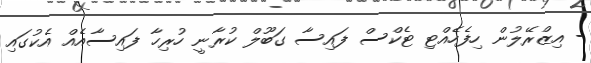
- އިޒްރޭލުން ހިފެހެއްޓި ޓެކްސް ފައިސާ ގަބޫލް ކުރާނީ ހުރިހާ ފައިސާއެއް އެކުގައި